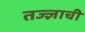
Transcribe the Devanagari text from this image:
तज्ज्ञाची